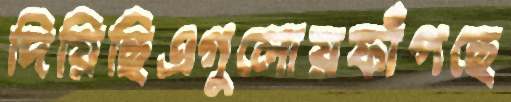
দিয়িছিএগুলোয়ফাঁপছে